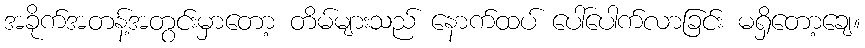
အခိုက်အတန့်အတွင်းမှာတော့ တိမ်များသည် နောက်ထပ် ပေါ်ပေါက်လာခြင်း မရှိတော့ချေ။